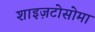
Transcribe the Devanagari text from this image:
शाइज़टोसोमा